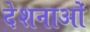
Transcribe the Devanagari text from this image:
देशनाओं